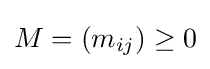
M=(m_{ij})\geq 0